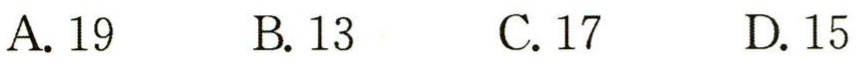
A. 19  B. 13  C. 17  D. 15